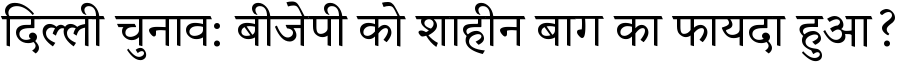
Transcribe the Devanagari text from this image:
दिल्ली चुनाव: बीजेपी को शाहीन बाग का फायदा हुआ?